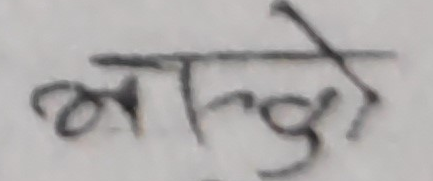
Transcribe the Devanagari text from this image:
भुम्जेरो